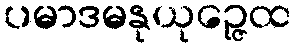
ပမာဒမနုယုဉ္ဇေထ